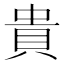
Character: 貴